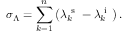
\sigma _ { \Lambda } = \sum _ { k = 1 } ^ { n } \left( \lambda _ { k } ^ { \mathrm { ~ s ~ } } - \lambda _ { k } ^ { \mathrm { ~ i ~ } } \right) .